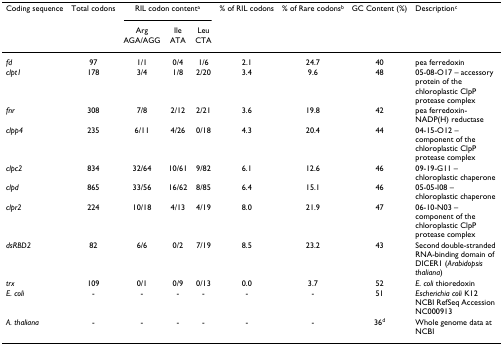
<table><thead><tr><td><b>Coding sequence</b></td><td><b>Total codons</b></td><td colspan="3"><b>RIL codon content<sup>a</sup></b></td><td><b>% of RIL codons</b></td><td><b>% of Rare codons<sup>b</sup></b></td><td><b>GC Content (%)</b></td><td><b>Description<sup>c</sup></b></td></tr><tr><td></td><td></td><td><b>ArgAGA/AGG</b></td><td><b>IleATA</b></td><td><b>LeuCTA</b></td><td></td><td></td><td></td><td></td></tr></thead><tbody><tr><td><i>fd</i></td><td>97</td><td>1/1</td><td>0/4</td><td>1/6</td><td>2.1</td><td>24.7</td><td>40</td><td>pea ferredoxin</td></tr><tr><td><i>clpt1</i></td><td>178</td><td>3/4</td><td>1/8</td><td>2/20</td><td>3.4</td><td>9.6</td><td>48</td><td>05-08-O17 – accessory protein of the chloroplastic ClpP protease complex</td></tr><tr><td><i>fnr</i></td><td>308</td><td>7/8</td><td>2/12</td><td>2/21</td><td>3.6</td><td>19.8</td><td>42</td><td>pea ferredoxin-NADP(H) reductase</td></tr><tr><td><i>clpp4</i></td><td>235</td><td>6/11</td><td>4/26</td><td>0/18</td><td>4.3</td><td>20.4</td><td>44</td><td>04-15-O12 – component of the chloroplastic ClpP protease complex</td></tr><tr><td><i>clpc2</i></td><td>834</td><td>32/64</td><td>10/61</td><td>9/82</td><td>6.1</td><td>12.6</td><td>46</td><td>09-19-G11 – chloroplastic chaperone</td></tr><tr><td><i>clpd</i></td><td>865</td><td>33/56</td><td>16/62</td><td>8/85</td><td>6.4</td><td>15.1</td><td>46</td><td>05-05-I08 – chloroplastic chaperone</td></tr><tr><td><i>clpr2</i></td><td>224</td><td>10/18</td><td>4/13</td><td>4/19</td><td>8.0</td><td>21.9</td><td>47</td><td>06-10-N03 – component of the chloroplastic ClpP protease complex</td></tr><tr><td><i>dsRBD2</i></td><td>82</td><td>6/6</td><td>0/2</td><td>7/19</td><td>8.5</td><td>23.2</td><td>43</td><td>Second double-stranded RNA-binding domain of DICER1 (<i>Arabidopsis thaliana</i>)</td></tr><tr><td><i>trx</i></td><td>109</td><td>0/1</td><td>0/9</td><td>0/13</td><td>0.0</td><td>3.7</td><td>52</td><td><i>E. coli </i>thioredoxin</td></tr><tr><td><i>E. coli</i></td><td>-</td><td>-</td><td>-</td><td>-</td><td>-</td><td>-</td><td>51</td><td><i>Escherichia coli </i>K12NCBI RefSeq Accession NC000913</td></tr><tr><td><i>A. thaliana</i></td><td>-</td><td>-</td><td>-</td><td>-</td><td>-</td><td>-</td><td>36<sup>d</sup></td><td>Whole genome data at NCBI</td></tr></tbody></table>